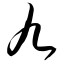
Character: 九